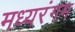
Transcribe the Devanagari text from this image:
मध्यरंगम